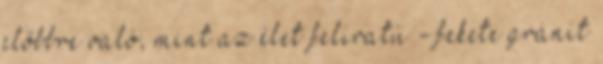
előbbre való, mint az élet feliratú - fekete gránit